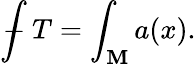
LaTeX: {\int\! \! \! \! \! \! -}\ T=\int_{\mathbf{M}}a(x).